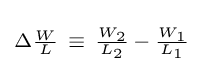
\scriptstyle \Delta {\frac {W}{L}}~\equiv ~{\frac {W_{2}}{L_{2}}}\,-\,{\frac {W_{1}}{L_{1}}}